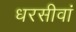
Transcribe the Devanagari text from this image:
धरसीवां